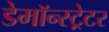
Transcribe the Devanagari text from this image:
डेमॉन्स्ट्रेटर